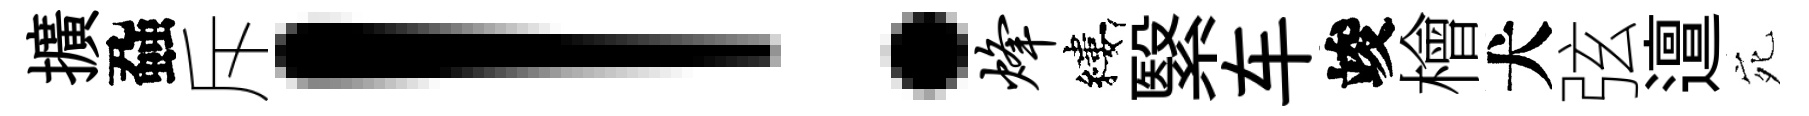
擴蝨斥！烽縷繄车竣檜犬弦邅宛